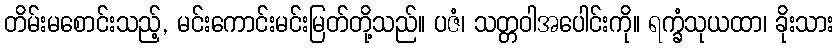
တိမ်းမစောင်းသည့်, မင်းကောင်းမင်းမြတ်တို့သည်။ ပဇံ၊ သတ္တဝါအပေါင်းကို။ ရက္ခံသုယထာ၊ ခိုးသား